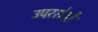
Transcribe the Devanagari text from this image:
उपररोही